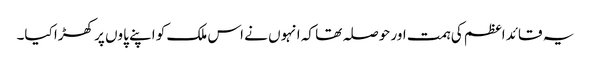
یہ قائد اعظم کی ہمت اور حوصلہ تھا کہ انہوں نے اس ملک کو اپنے پاوں پر کھڑا کیا۔